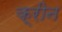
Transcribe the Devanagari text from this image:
क्रीन